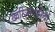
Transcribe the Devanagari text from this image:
ख्वरिज्मशाहियों